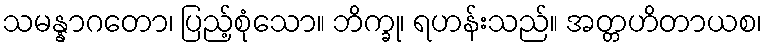
သမန္နာဂတော၊ ပြည့်စုံသော။ ဘိက္ခု၊ ရဟန်းသည်။ အတ္တဟိတာယစ၊